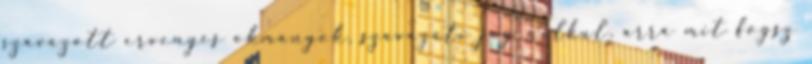
szavazott ervenyes okmanyok, szavazati jog nelkul, arra mit fogsz